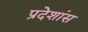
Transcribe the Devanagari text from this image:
प्रदेशांस